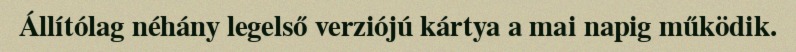
Állítólag néhány legelső verziójú kártya a mai napig működik.